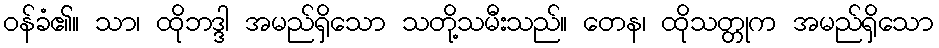
ဝန်ခံ၏။ သာ၊ ထိုဘဒ္ဒါ အမည်ရှိသော သတို့သမီးသည်။ တေန၊ ထိုသတ္တုက အမည်ရှိသော